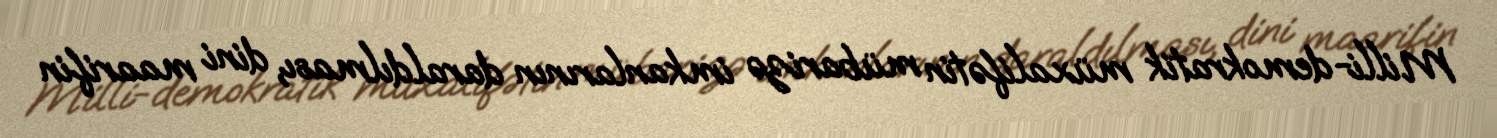
Milli-demokratik müxalifətin mübarizə imkanlarının daraldılması, dini maarifin